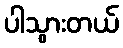
ပါသွားတယ်